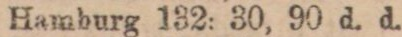
Hamburg 132: 30, 90 d. d.